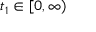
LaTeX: t _ { 1 } \in [ 0 , \infty )